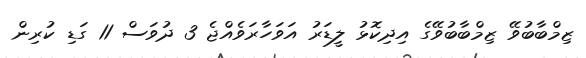
ޒިމްބާބުވޭ ޒިމްބާބުވޭގެ އިދިކޮޅު ލީޑަރު އަވަހާރަވެއްޖެ 3 ދުވަސް 11 ގަޑި ކުރިން